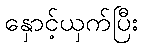
နှောင့်ယှက်ပြီး